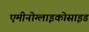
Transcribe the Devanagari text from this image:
एमीनोग्लाइकोसाइड